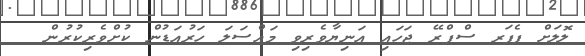
ލޮލަށް ޕެޕަރ ސްޕްރޭ ޖަހައި އަނިޔާވެރިވި މައްސަލަ ހަރުއަޑުން ކުށްވެރިކުރުން